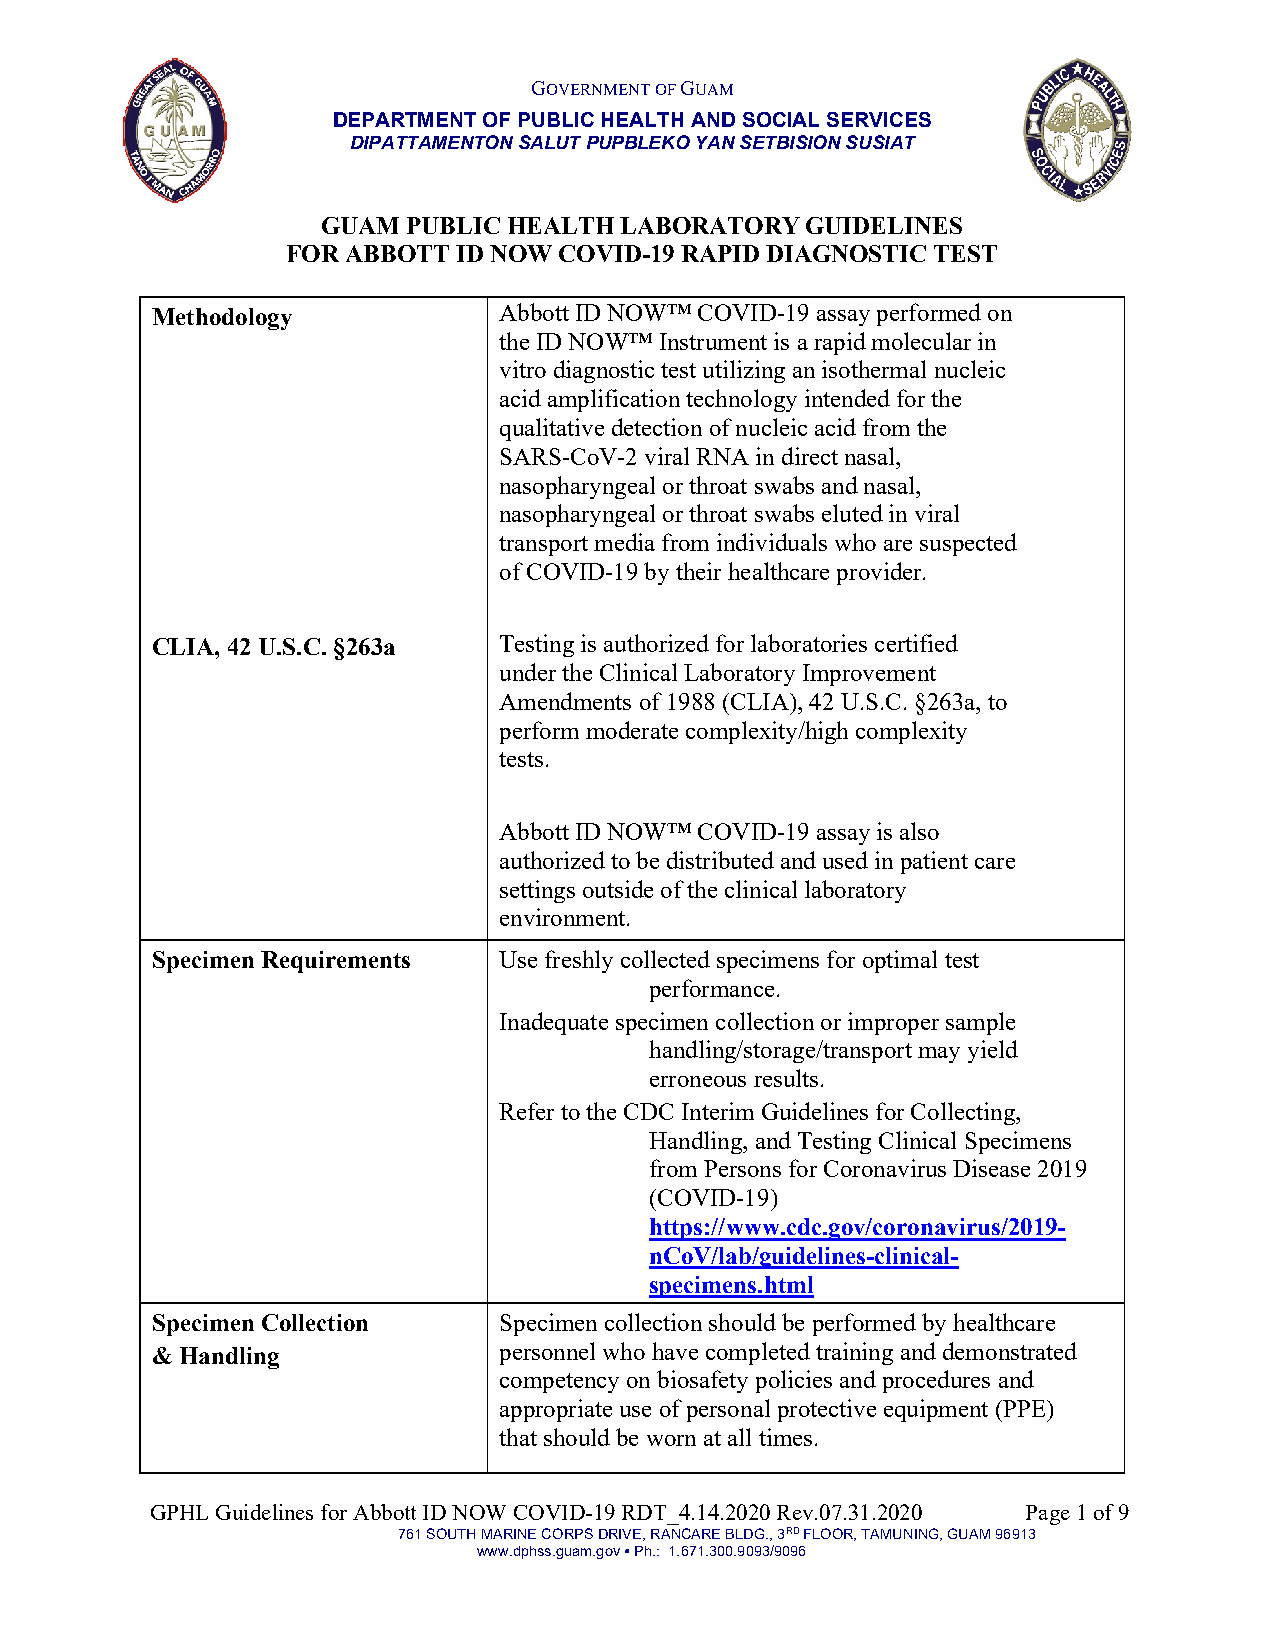
GOVERNMENT OF GUAM
 DEPARTMENT OF PUBLIC HEALTH AND SOCIAL SERVICES
 DIPATTAMENTON SALUT PUPBLEKO YAN SETBISION SUSIAT
 GUAM  PUBLIC HEALTH LABORATORY  GUIDELINES
 FOR ABBOTT ID NOW COVID-19 RAPID DIAGNOSTIC TEST
 Methodology            Abbott ID NOW™ COVID-19 assay performed on
 the ID NOW™ Instrument is a rapid molecular in
 vitro diagnostic test utilizing an isothermal nucleic
 acid amplification technology intended for the
 qualitative detection of nucleic acid from the
 SARS-CoV-2 viral RNA in direct nasal,
 nasopharyngeal or throat swabs and nasal,
 nasopharyngeal or throat swabs eluted in viral
 transport media from individuals who are suspected
 of COVID-19 by their healthcare provider.
 CLIA, 42 U.S.C. §263a  Testing is authorized for laboratories certified
 under the Clinical Laboratory Improvement
 Amendments of 1988 (CLIA), 42 U.S.C. §263a, to
 perform moderate complexity/high complexity
 tests.
 Abbott ID NOW™ COVID-19 assay is also
 authorized to be distributed and used in patient care
 settings outside of the clinical laboratory
 environment.
 Specimen Requirements  Use freshly collected specimens for optimal test
 performance.
 Inadequate specimen collection or improper sample
 handling/storage/transport may yield
 erroneous results.
 Refer to the CDC Interim Guidelines for Collecting,
 Handling, and Testing Clinical Specimens
 from Persons for Coronavirus Disease 2019
 (COVID-19)
 https://www.cdc.gov/coronavirus/2019-
 nCoV/lab/guidelines-clinical-
 specimens.html
 Specimen Collection    Specimen collection should be performed by healthcare
 & Handling             personnel who have completed training and demonstrated
 competency on biosafety policies and procedures and
 appropriate use of personal protective equipment (PPE)
 that should be worn at all times.
 GPHL Guidelines for Abbott ID NOW COVID-19 RDT_4.14.2020 Rev.07.31.2020 Page 1 of 9
 761 SOUTH MARINE CORPS DRIVE, RANCARE BLDG., 3RD FLOOR, TAMUNING, GUAM 96913
 www.dphss.guam.gov ● Ph.: 1.671.300.9093/9096